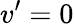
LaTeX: v’=0